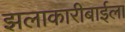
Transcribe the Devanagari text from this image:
झलाकारीबाईला